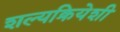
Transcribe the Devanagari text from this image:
शल्यक्रियेशी